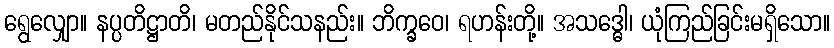
ရွေလျှော။ နပ္ပတိဋ္ဌာတိ၊ မတည်နိုင်သနည်း။ ဘိက္ခဝေ၊ ရဟန်းတို့။ အသဒ္ဓေါ၊ ယုံကြည်ခြင်းမရှိသော။